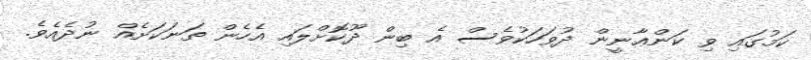
ކަމުގައި ވި ކަންޢާނީން ދުވަހަކުވެސް އެ ބިން ދޫކޮށްލައި އެހެން ތަނަކަށެއް ނުދެއެވެ.